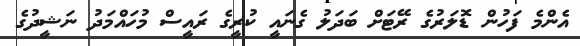
އެންމެ ފަހުން ޑޮލަރުގެ ރޭޓަށް ބަދަލު ގެނައީ ކުރީގެ ރައީސް މުހައްމަދު ނަޝީދުގެ